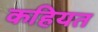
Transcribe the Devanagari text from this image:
कहियत